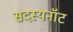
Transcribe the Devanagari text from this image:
सदस्यनॉट